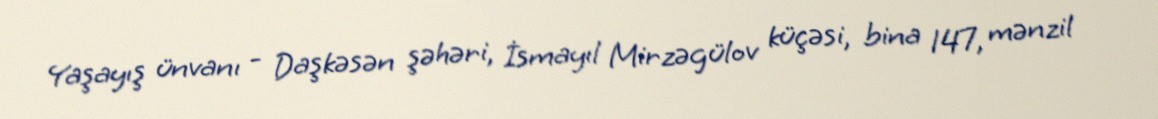
Yaşayış ünvanı - Daşkəsən şəhəri, İsmayıl Mirzəgülov küçəsi, bina 147, mənzil